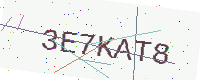
Text: 3E7KAT8